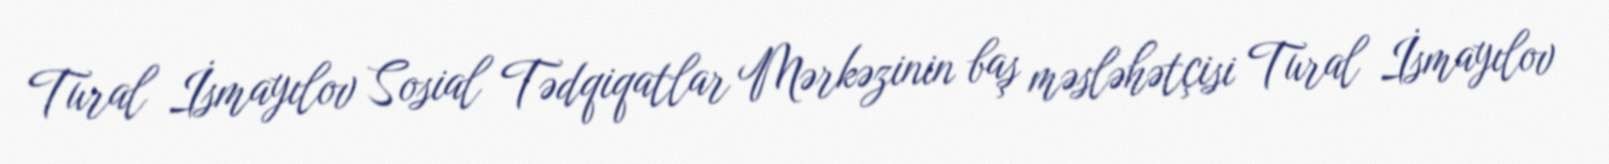
Tural İsmayılov Sosial Tədqiqatlar Mərkəzinin baş məsləhətçisi Tural İsmayılov